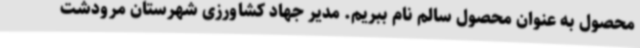
محصول به عنوان محصول سالم نام ببریم. مدیر جهاد کشاورزی شهرستان مرودشت